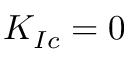
K _ { I c } = 0